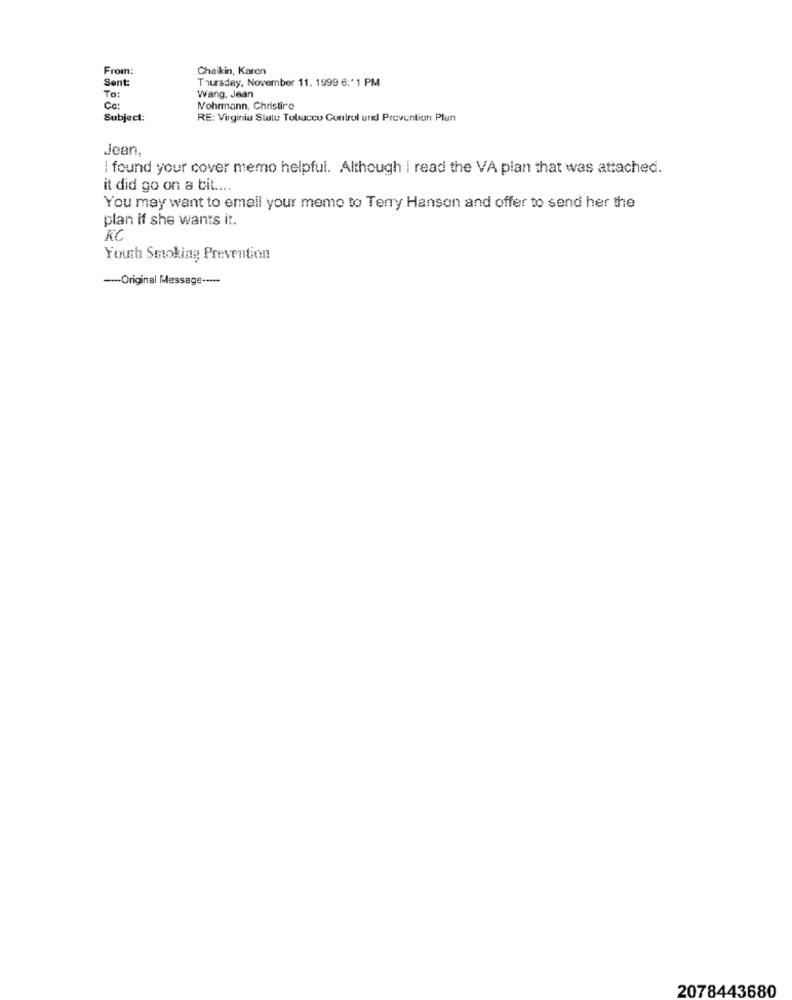
From:
Chaikin, Karen
Sent:
Thursday, November 11. 1999 6:' 1 PM
To:
Wang, Jean
Cc:
Mohrmann, Christire
Subject:
RE: Virginia Statu Tobacco Control and Prevention Plun
Jean.
found your cover memo helpful. Although I read the VA plan that was attached.
it did go on a bit ....
You may want to email your meme to Terry Hanson and offer to send her the
plan if she wants it.
KC
Youth Smoking Prevention
--- Original Message -----
2078443680